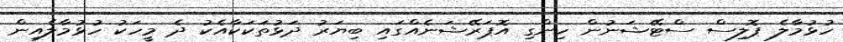
ހުޅުމާލެ ޕޮލިސް ސްޓޭޝަނުން ހިންގި އޮޕަރޭޝަނެއްގައި ބިޔަރު ދަޅުތަކަކާއެކު ދެ މީހަކު ހުޅުމާލެއިން